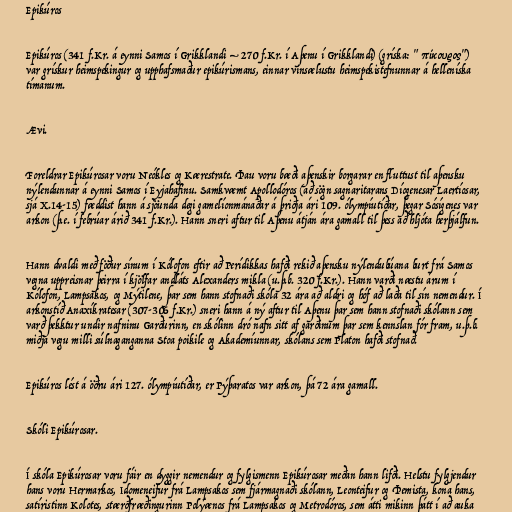
Epikúros

Epikúros (341 f.Kr. á eynni Samos í Grikklandi – 270 f.Kr. í Aþenu í Grikklandi) (gríska: "Ἐπίκουρος")
var grískur heimspekingur og upphafsmaður epikúrismans, einnar vinsælustu heimspekistefnunnar á helleníska
tímanum.

Ævi.

Foreldrar Epikúrosar voru Neókles og Kærestrate. Þau voru bæði aþenskir borgarar en fluttust til aþensku
nýlendunnar á eynni Samos í Eyjahafinu. Samkvæmt Apollodóros (að sögn sagnaritarans Díogenesar Laertíosar,
sjá X.14-15) fæddist hann á sjöunda degi gamelíonmánaðar á þriðja ári 109. ólympíutíðar, þegar Sósígenes var
arkon (þ.e. í febrúar árið 341 f.Kr.). Hann sneri aftur til Aþenu átján ára gamall til þess að hljóta herþjálfun.

Hann dvaldi með föður sínum í Kólofon eftir að Perídikkas hafði rekið aþensku nýlendubúana burt frá Samos
vegna uppreisnar þeirra í kjölfar andláts Alexanders mikla (u.þ.b. 320 f.Kr.). Hann varði næstu árum í
Kólofon, Lampsakos, og Mýtilene, þar sem hann stofnaði skóla 32 ára að aldri og hóf að laða til sín nemendur. Í
arkonstíð Anaxíkratesar (307-306 f.Kr.) sneri hann á ný aftur til Aþenu þar sem hann stofnaði skólann sem
varð þekktur undir nafninu Garðurinn, en skólinn dró nafn sitt af garðinum þar sem kennslan fór fram, u.þ.b.
miðja vegu milli súlnaganganna Stoa poikile og Akademíunnar, skólans sem Platon hafði stofnað.

Epikúros lést á öðru ári 127. ólympíutíðar, er Pýþaratos var arkon, þá 72 ára gamall.

Skóli Epikúrosar.

Í skóla Epikúrosar voru fáir en dyggir nemendur og fylgismenn Epikúrosar meðan hann lifði. Helstu fylgjendur
hans voru Hermarkos, Idomeneifur frá Lampsakos sem fjármagnaði skólann, Leonteifur og Þemista, kona hans,
satíristinn Kolotes, stærðfræðingurinn Polýænos frá Lampsakos og Metrodóros, sem átti mikinn þátt í að auka